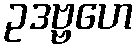
ဥဒဗ္ဗဟေ